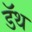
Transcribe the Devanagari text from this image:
डॅथ